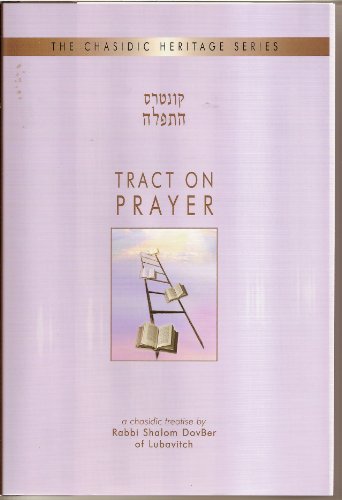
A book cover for Tract on Prayer (The Chasidic Heritage Series, Volume 21); Rabbi Shalom DovBer Schneersohn; Religion & Spirituality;